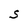
Character: S